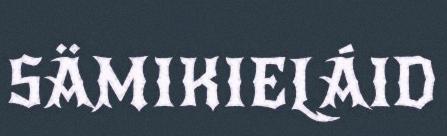
SÄMIKIELÁID